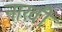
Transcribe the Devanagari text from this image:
नाखी